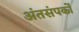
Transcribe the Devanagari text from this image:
अंतसंपर्कों